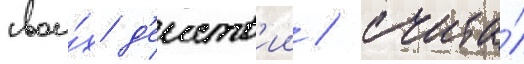
свои́х д'еиств'ии / счита́л